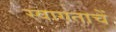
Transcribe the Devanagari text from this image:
स्वागताचें